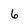
Character: 6